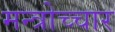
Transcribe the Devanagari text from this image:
मन्त्रोच्चार